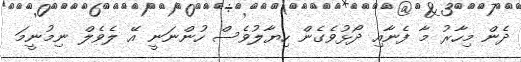
ދެން މިހާރު މާ ފެނާއި ދޯޅުވެގެން ހިޔާލުވެސް ހުންނަނީ އޭ ލެވެލް ނިމުނީމަ